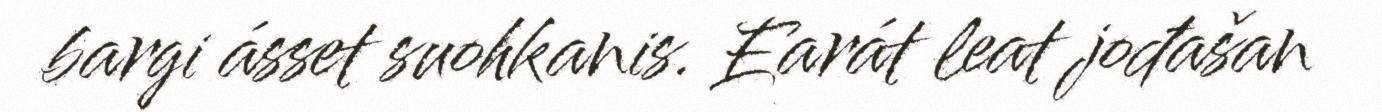
bargi ásset suohkanis. Earát leat jođašan